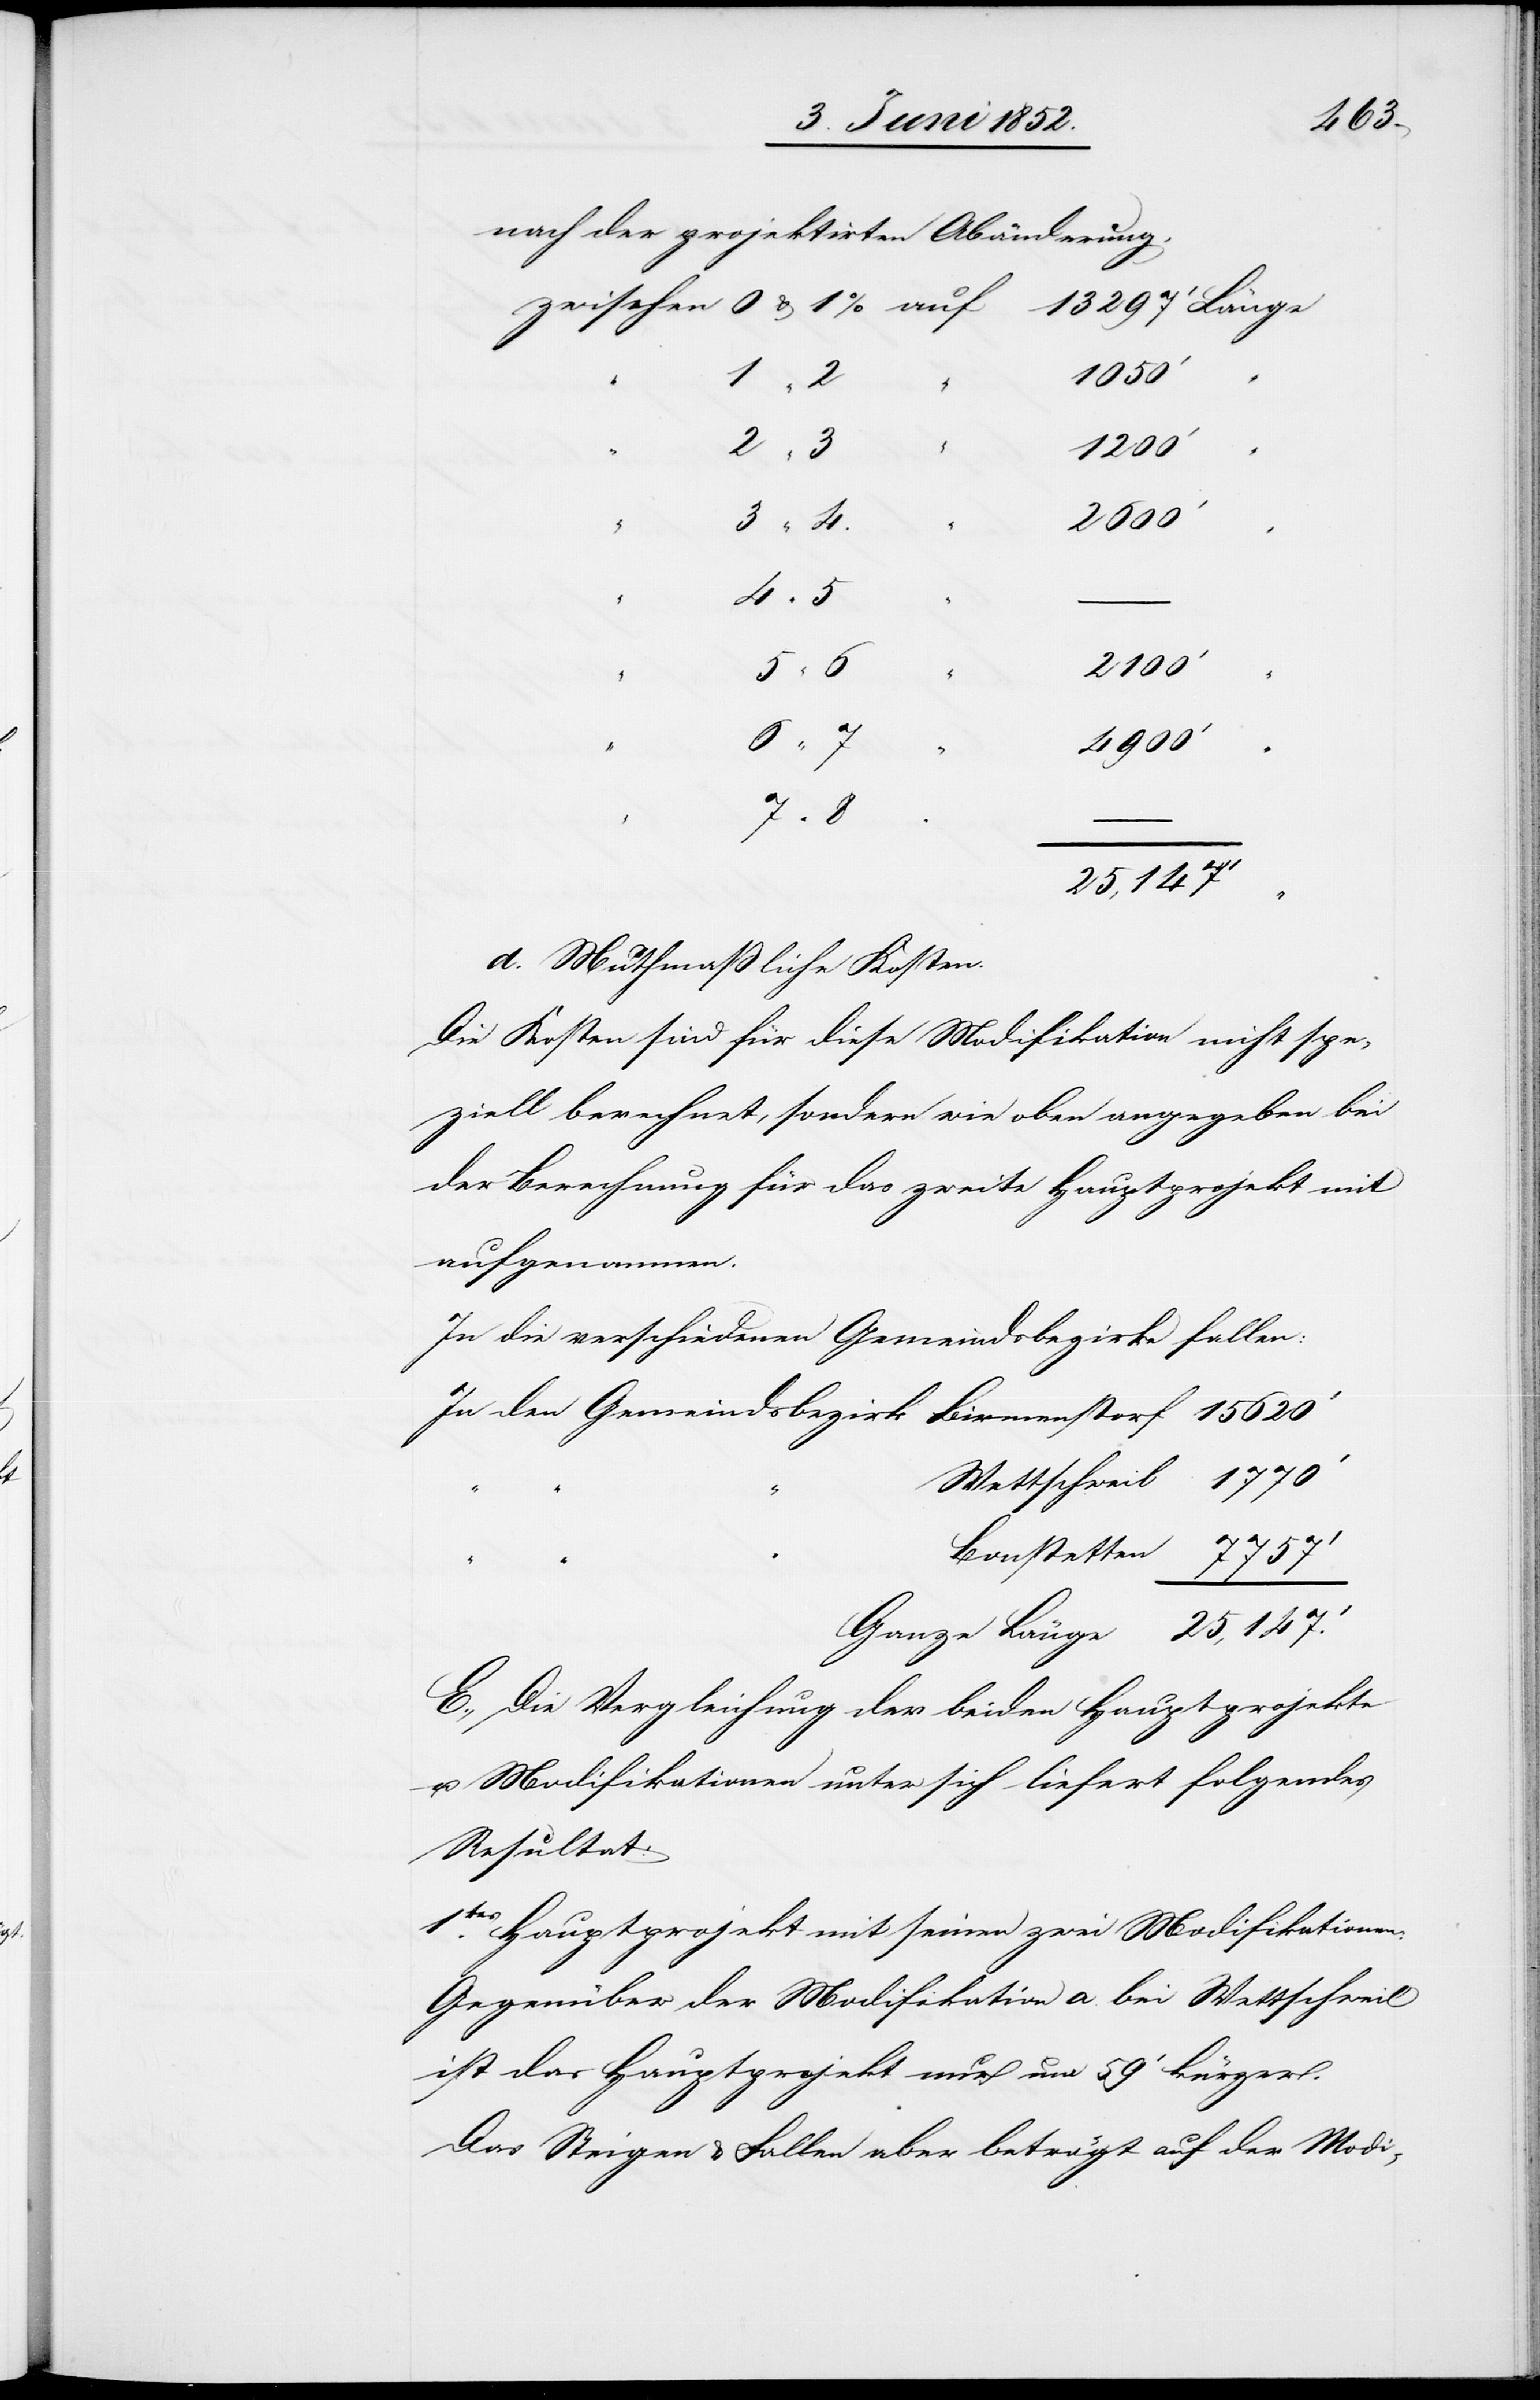
nach der projektirten Abänderung,
15
2600‘
2100‘
4900‘
25,147.‘
d. Muthmaßliche Kosten.
Die Kosten sind für diese Modifikation nicht spe¬
ziell berechnet, sondern wie oben angegeben bei
der Berechnung für das zweite Hauptprojekt mit
aufgenommen.
In die verschiedenen Gemeindsbezirke fallen:
Wettschweil
E., Die Vergleichung der beiden Hauptprojekte
u. Modifikationen unter sich liefert folgendes
Resultat:
1tes. Hauptprojekt mit seinen zwei Modifikationen:
Gegenüber der Modifikation a. bei Wettschweil
ist das Hauptprojekt nur um 59‘ kürzer.
Das Steigen & Fallen aber beträgt auf der Modi-